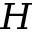
H